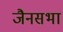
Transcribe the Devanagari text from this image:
जैनसभा